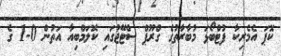
ކޮޕަ އެމެރިކާ ފުޓްބޯޅަ މުބާރާތުގެ ގްރޫޕް ސްޓޭޖުގައި ކޮލަމްބިއާ އަތުން 0-1 ގެ